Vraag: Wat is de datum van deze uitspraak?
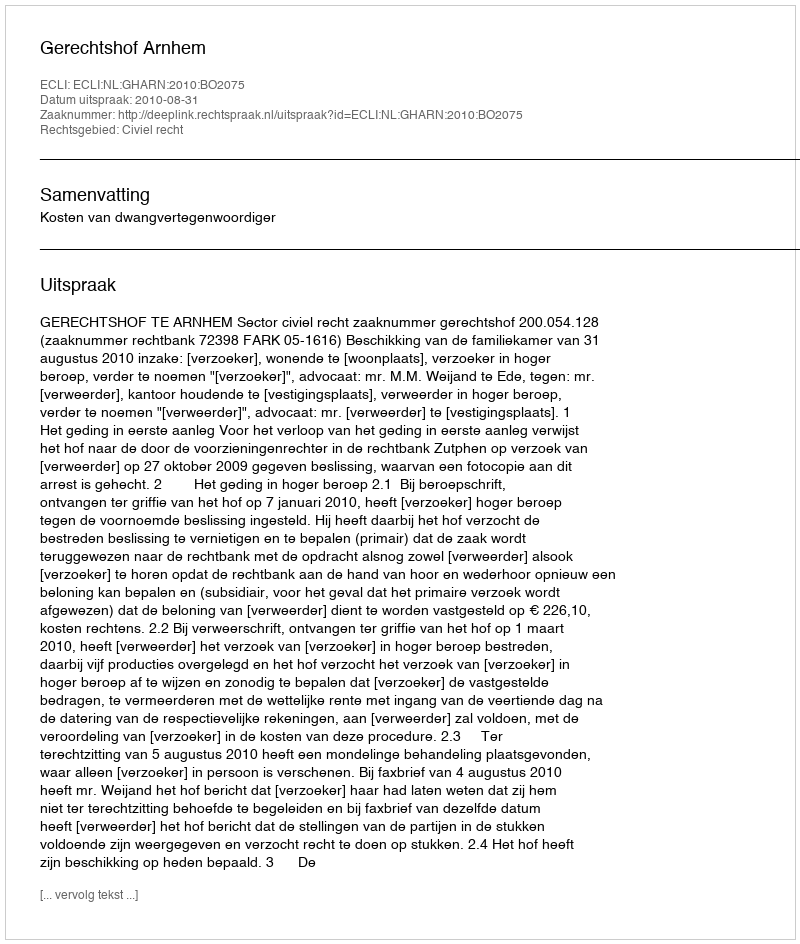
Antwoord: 2010-08-31